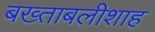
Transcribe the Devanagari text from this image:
बख्ताबलीशाह